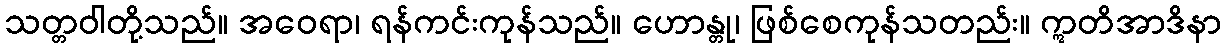
သတ္တဝါတို့သည်။ အဝေရာ၊ ရန်ကင်းကုန်သည်။ ဟောန္တု၊ ဖြစ်စေကုန်သတည်း။ ဣတိအာဒိနာ